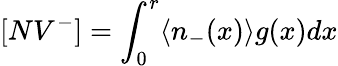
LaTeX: [NV^{-}]=\int_{0}^{r}\langle n_{-}(x)\rangle g(x)dx